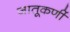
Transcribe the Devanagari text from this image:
जातूकर्णी